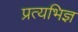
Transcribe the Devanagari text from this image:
प्रत्यभिज्ञ